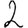
Digit: 2